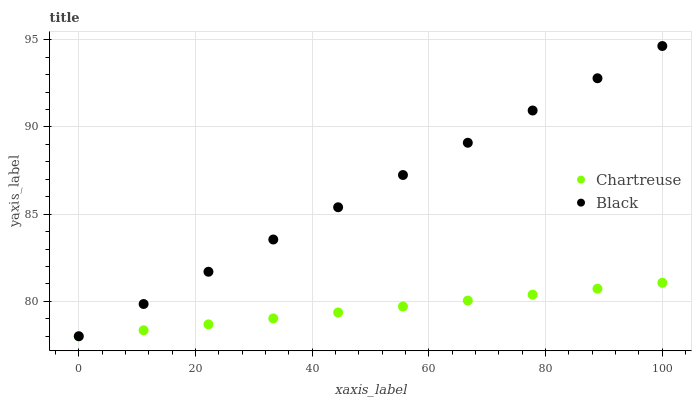
| xaxis_label | Chartreuse | Black |
 | --- | --- | --- |
 | 0 | 78 | 78 |
 | 11.1 | 78.3 | 79.8 |
 | 22.2 | 78.7 | 81.7 |
 | 33.3 | 79 | 83.5 |
 | 44.4 | 79.4 | 85.4 |
 | 55.6 | 79.7 | 87.2 |
 | 66.7 | 80 | 89.1 |
 | 77.8 | 80.4 | 90.9 |
 | 88.9 | 80.7 | 92.8 |
 | 100 | 81.1 | 94.6 |